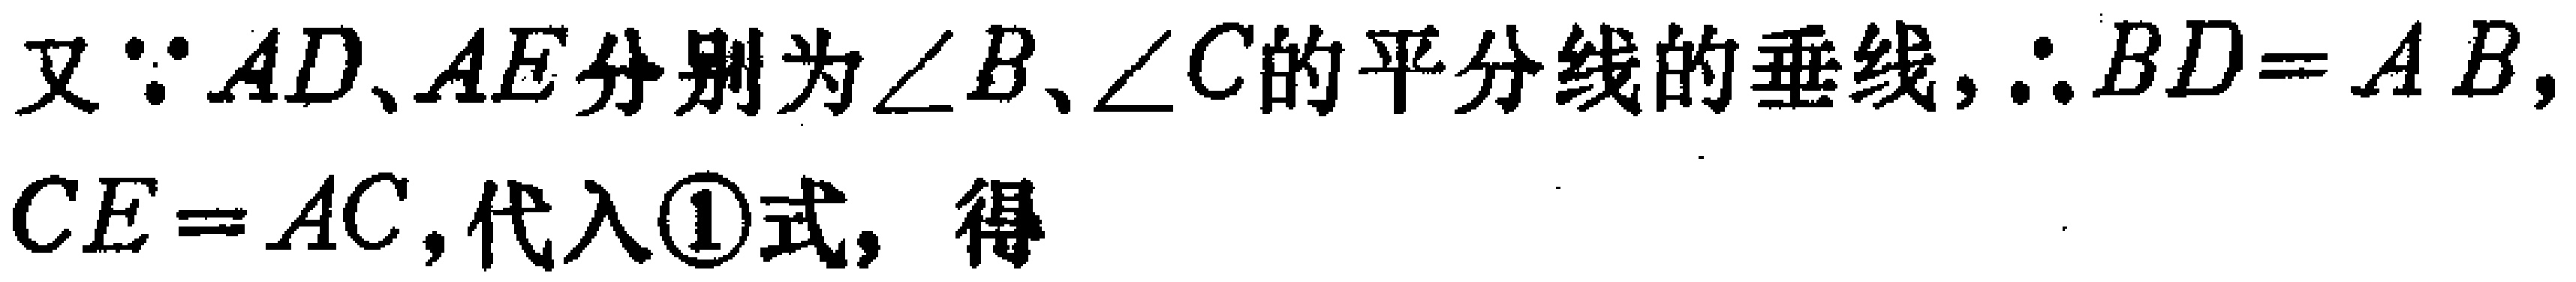
又\(\because AD、AE\)分别为\(\angle B、\angle C\)的平分线的垂线，\(\therefore BD = AB\)，\(CE = AC\)，代入\textcircled{1}式，得